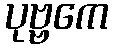
ပုဗ္ဗကေ